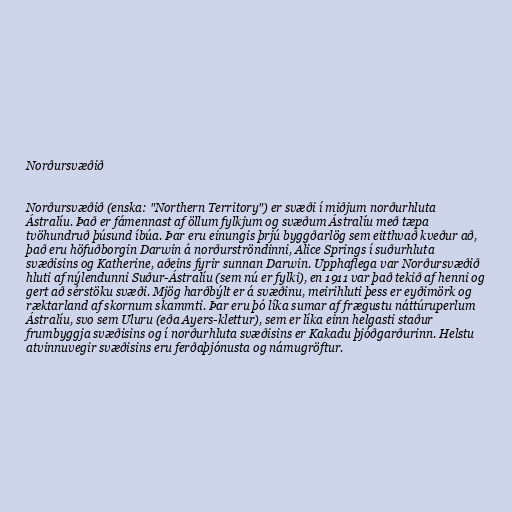
Norðursvæðið

Norðursvæðið (enska: "Northern Territory") er svæði í miðjum norðurhluta
Ástralíu. Það er fámennast af öllum fylkjum og svæðum Ástralíu með tæpa
tvöhundruð þúsund íbúa. Þar eru einungis þrjú byggðarlög sem eitthvað kveður að,
það eru höfuðborgin Darwin á norðurströndinni, Alice Springs í suðurhluta
svæðisins og Katherine, aðeins fyrir sunnan Darwin. Upphaflega var Norðursvæðið
hluti af nýlendunni Suður-Ástralíu (sem nú er fylki), en 1911 var það tekið af henni og
gert að sérstöku svæði. Mjög harðbýlt er á svæðinu, meirihluti þess er eyðimörk og
ræktarland af skornum skammti. Þar eru þó líka sumar af frægustu náttúruperlum
Ástralíu, svo sem Uluru (eða Ayers-klettur), sem er líka einn helgasti staður
frumbyggja svæðisins og í norðurhluta svæðisins er Kakadu þjóðgarðurinn. Helstu
atvinnuvegir svæðisins eru ferðaþjónusta og námugröftur.